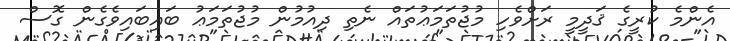
އެންމެ ކުރީގެ ޤަދީމީ ރަށްވެހި މުޖުތަމަޢުތައް ނެތި ދިއުމުން މުޖުތަމަޢު ބައިބައިވެގެން ގޮސް